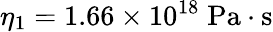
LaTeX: \eta_{1}=1.66\times 10^{18}\; \mathrm{Pa\cdot s}